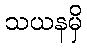
သယနမှိ